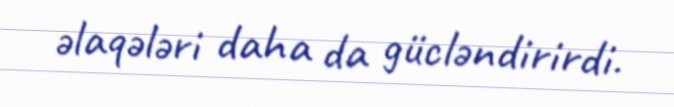
əlaqələri daha da gücləndirirdi.